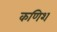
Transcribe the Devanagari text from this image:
कणिश